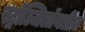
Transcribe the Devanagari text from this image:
स्ट्रॉञ्जिलॉयडीज़